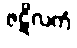
ဇဋိလကံ